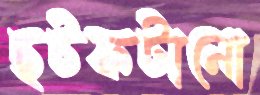
ছটফটানো